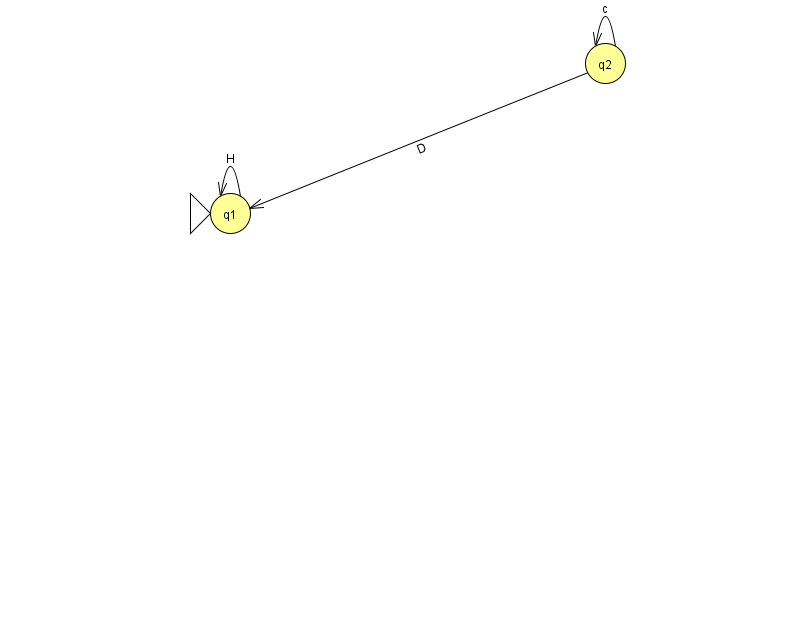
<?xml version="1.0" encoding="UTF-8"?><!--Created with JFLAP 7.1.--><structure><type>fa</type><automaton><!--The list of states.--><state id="1" name="q1"><x>230.0</x><y>200.0</y><initial/></state><state id="2" name="q2"><x>605.0</x><y>50.0</y></state><!--The list of transitions.--><transition><from>2</from><to>2</to><read>c</read></transition><transition><from>2</from><to>1</to><read>D</read></transition><transition><from>1</from><to>1</to><read>H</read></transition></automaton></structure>